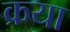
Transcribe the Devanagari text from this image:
क्रया